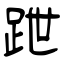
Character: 跇